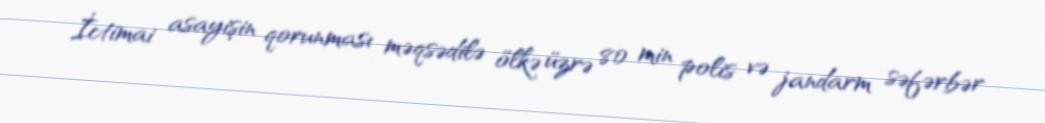
İctimai asayişin qorunması məqsədilə ölkə üzrə 80 min polis və jandarm səfərbər